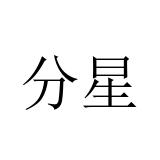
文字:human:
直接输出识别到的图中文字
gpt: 分星